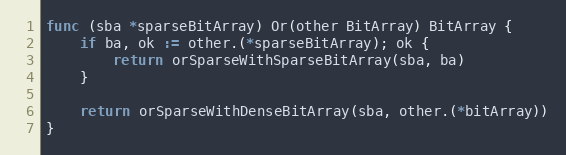
Language: Go
func (sba *sparseBitArray) Or(other BitArray) BitArray {
	if ba, ok := other.(*sparseBitArray); ok {
		return orSparseWithSparseBitArray(sba, ba)
	}

	return orSparseWithDenseBitArray(sba, other.(*bitArray))
}